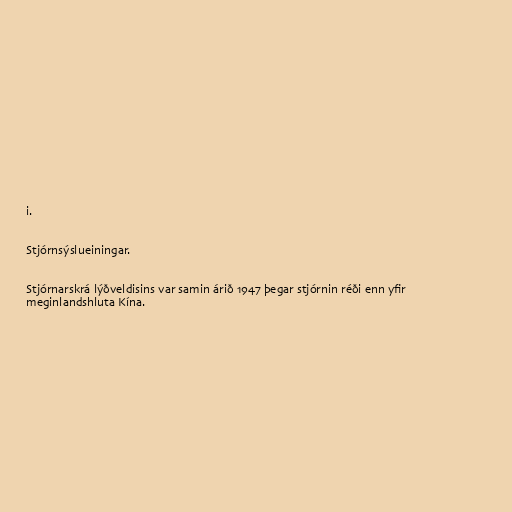
i.

Stjórnsýslueiningar.

Stjórnarskrá lýðveldisins var samin árið 1947 þegar stjórnin réði enn yfir
meginlandshluta Kína.